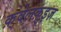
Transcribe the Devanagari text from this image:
क़्वेलक़ुइज़